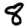
Digit: 8